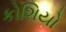
કોશિયો